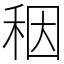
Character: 秵